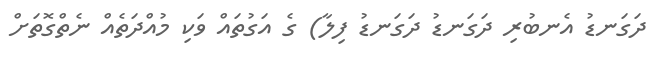
ދަގަނޑު އެނބުރި ދަގަނޑު ދަގަނޑު ފިލާ) ގެ އަގުތައް ވަކި މުއްދަތެއް ނެތްގޮތަށް